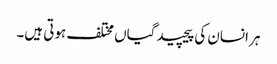
ہر انسان کی پیچیدگیاں مختلف ہوتی ہیں۔